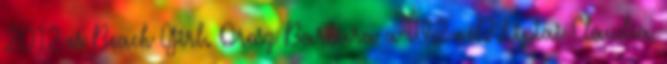
2012-es Beach Girl. Orosz Barbara a TV2-nél? Liptai Claudia